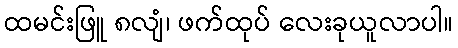
ထမင်းဖြူ ၈လျံ၊ ဖက်ထုပ် လေးခုယူလာပါ။